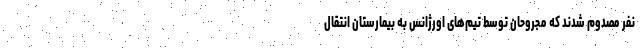
نفر مصدوم شدند که مجروحان توسط تیم‌های اورژانس به بیمارستان انتقال